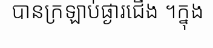
បានក្រឡាប់ផ្ងារជើង ។ក្នុង